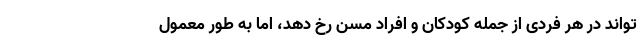
تواند در هر فردی از جمله کودکان و افراد مسن رخ دهد، اما به طور معمول